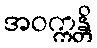
အဝက္ကန္တိ